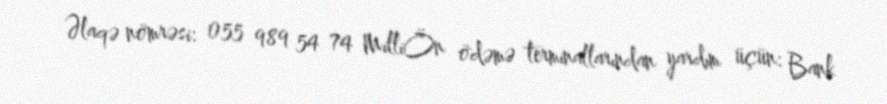
Əlaqə nömrəsi: 055 989 54 74 MilliÖn ödəmə terminallarından yardım üçün: Bank